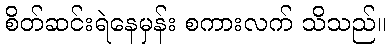
စိတ်ဆင်းရဲနေမှန်း စကားလက် သိသည်။